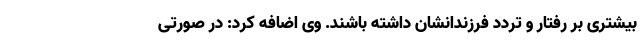
بیشتری بر رفتار و تردد فرزندانشان داشته باشند. وی اضافه کرد: در صورتی